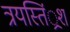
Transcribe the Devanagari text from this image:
त्रयस्तिं्रश